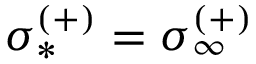
\sigma _ { * } ^ { ( + ) } = \sigma _ { \infty } ^ { ( + ) }